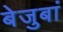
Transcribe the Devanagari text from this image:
बेजुबां